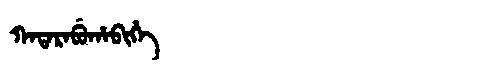
Manchu: ᡴᠠᡨᠠᡵᠠᠪᡠᡥᠠᠪᡳᡥᡝ
Romanization: KATARABUHABIHE